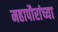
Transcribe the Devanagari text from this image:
महापौरांच्या